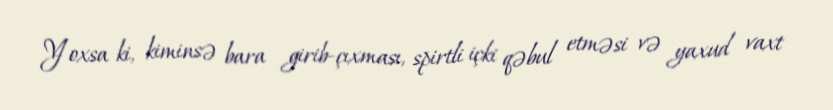
Yoxsa ki, kiminsə bara girib-çıxması, spirtli içki qəbul etməsi və yaxud vaxt